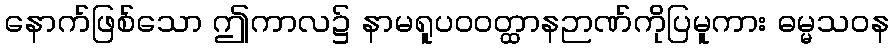
နောက်ဖြစ်သော ဤကာလ၌ နာမရူပဝဝတ္ထာနဉာဏ်ကိုပြမူကား ဓမ္မသဝန